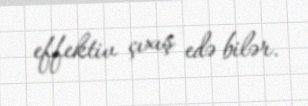
effektiv çıxış edə bilər.